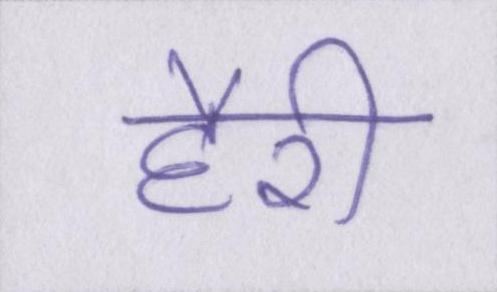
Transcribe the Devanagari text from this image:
हैरी